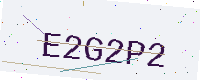
Text: E2G2P2